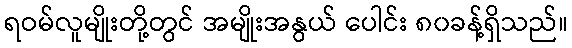
ရဝမ်လူမျိုးတို့တွင် အမျိုးအနွယ် ပေါင်း ၈၀ခန့်ရှိသည်။